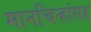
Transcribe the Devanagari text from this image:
मानचिन्हांसह